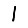
Digit: 1